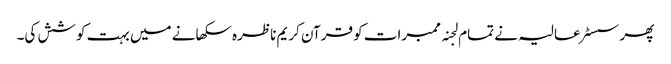
پھر سسٹر عالیہ نے تمام لجنہ ممبرات کو قرآن کریم ناظرہ سکھانے میں بہت کوشش کی۔